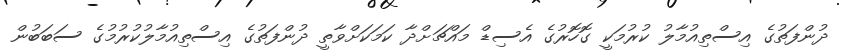
ދުންފަތުގެ އިސްތިއުމާލު ކުރުމަކީ ގޮހޮރުގެ އެސިޑް މައްޗަށްދާ ކަމަކަށްވާތީ ދުންފަތުގެ އިސްތިއުމާލުކުރުމުގެ ސަބަބުން